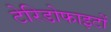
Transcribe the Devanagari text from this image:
टेरिडोफाइटों